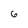
Character: 6